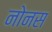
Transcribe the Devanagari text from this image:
नोनस